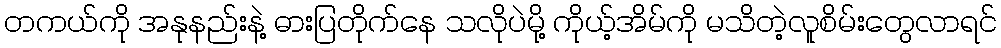
တကယ်ကို အနုနည်းနဲ့ ဓားပြတိုက်နေ သလိုပဲမို့ ကိုယ့်အိမ်ကို မသိတဲ့လူစိမ်းတွေလာရင်